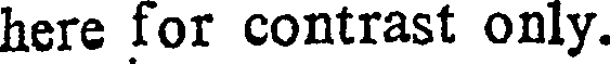
here for contrast only.